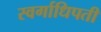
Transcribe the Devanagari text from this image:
स्वर्गाधिपती